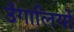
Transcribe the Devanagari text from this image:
उँगालियों